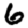
Digit: 6